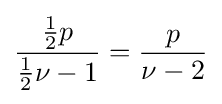
{\frac {{\frac {1}{2}}p}{{\frac {1}{2}}\nu -1}}={\frac {p}{\nu -2}}